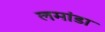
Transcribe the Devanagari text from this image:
लमांडा